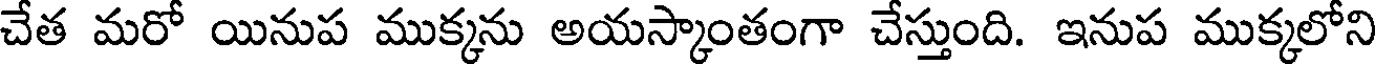
చేత మరో యినుప ముక్కను అయస్కాంతంగా చేస్తుంది. ఇనుప ముక్కలోని